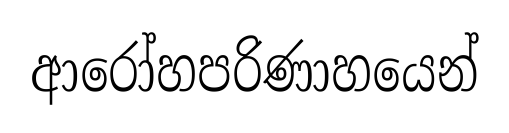
ආරෝහපරිණාහයෙන්